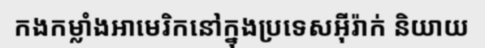
កងកម្លាំងអាមេរិកនៅក្នុងប្រទេសអ៊ីរ៉ាក់ និយាយ